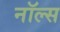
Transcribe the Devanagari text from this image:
नॉल्स